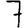
Digit: 7